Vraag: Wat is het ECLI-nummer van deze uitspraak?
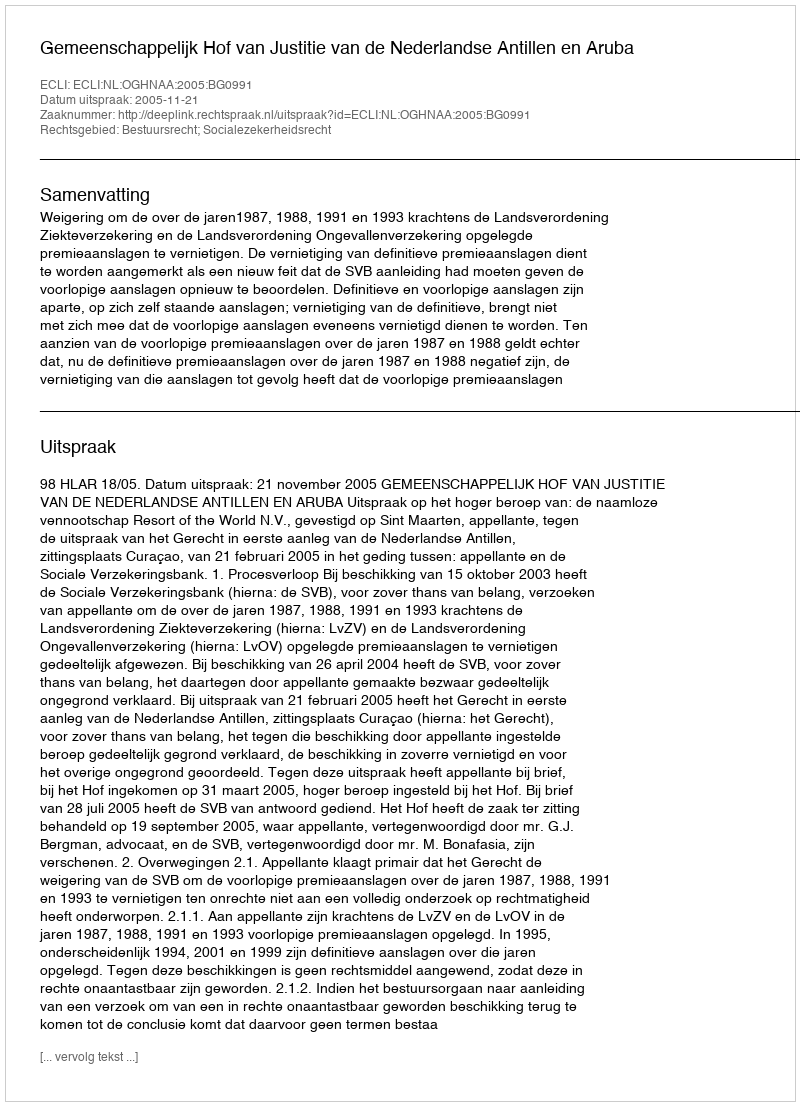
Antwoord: ECLI:NL:OGHNAA:2005:BG0991